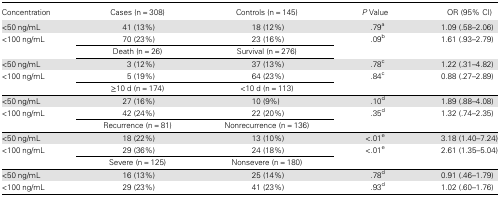
<table><thead><tr><td><b>Concentration</b></td><td><b>Cases (n = 308)</b></td><td><b>Controls (n = 145)</b></td><td><b><i>P</i> Value</b></td><td><b>OR (95% CI)</b></td></tr></thead><tbody><tr><td>&lt;50 ng/mL</td><td>41 (13%)</td><td>18 (12%)</td><td>.79<sup>a</sup></td><td>1.09 (.58–2.06)</td></tr><tr><td>&lt;100 ng/mL</td><td>70 (23%)</td><td>23 (16%)</td><td>.09<sup>b</sup></td><td>1.61 (.93–2.79)</td></tr><tr><td></td><td>Death (n = 26)</td><td>Survival (n = 276)</td><td></td><td></td></tr><tr><td>&lt;50 ng/mL</td><td>3 (12%)</td><td>37 (13%)</td><td>.78<sup>c</sup></td><td>1.22 (.31–4.82)</td></tr><tr><td>&lt;100 ng/mL</td><td>5 (19%)</td><td>64 (23%)</td><td>.84<sup>c</sup></td><td>0.88 (.27–2.89)</td></tr><tr><td></td><td>≥10 d (n = 174)</td><td>&lt;10 d (n = 113)</td><td></td><td></td></tr><tr><td>&lt;50 ng/mL</td><td>27 (16%)</td><td>10 (9%)</td><td>.10<sup>d</sup></td><td>1.89 (.88–4.08)</td></tr><tr><td>&lt;100 ng/mL</td><td>42 (24%)</td><td>22 (20%)</td><td>.35<sup>d</sup></td><td>1.32 (.74–2.35)</td></tr><tr><td></td><td>Recurrence (n = 81)</td><td>Nonrecurrence (n = 136)</td><td></td><td></td></tr><tr><td>&lt;50 ng/mL</td><td>18 (22%)</td><td>13 (10%)</td><td>&lt;.01<sup>e</sup></td><td>3.18 (1.40–7.24)</td></tr><tr><td>&lt;100 ng/mL</td><td>29 (36%)</td><td>24 (18%)</td><td>&lt;.01<sup>e</sup></td><td>2.61 (1.35–5.04)</td></tr><tr><td></td><td>Severe (n = 125)</td><td>Nonsevere (n = 180)</td><td></td><td></td></tr><tr><td>&lt;50 ng/mL</td><td>16 (13%)</td><td>25 (14%)</td><td>.78<sup>d</sup></td><td>0.91 (.46–1.79)</td></tr><tr><td>&lt;100 ng/mL</td><td>29 (23%)</td><td>41 (23%)</td><td>.93<sup>d</sup></td><td>1.02 (.60–1.76)</td></tr></tbody></table>